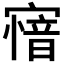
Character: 𡪟